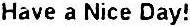
HAVE A NICE DAY!